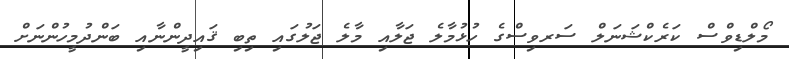
މޯލްޑިވްސް ކަރެކްޝަނަލް ސަރވިސްގެ ހުޅުމާލެ ޖަލާއި މާލެ ޖަލުގައި ތިބި ޤައިދީންނާއި ބަންދުމީހުންނަށް